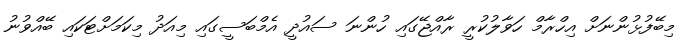
މިބޭފުޅުންނަށް އިހްރާމް ހަވާލުކުރީ ރާއްޖޭގައި ހުންނަ ސައުދީ އެމްބަސީގައި މިއަދު މިކަމަށްޓަކައި ބޭއްވުނު